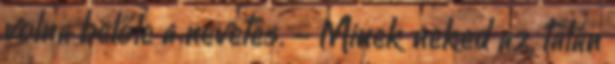
volna belőle a nevetés. - Minek neked az, talán